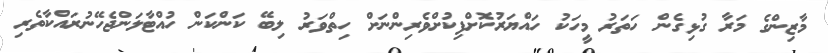
މާޒިންގެ މަރާ ގުޅިގެން ހަތަރު މީހަކު ހައްޔަރުކޮށްފިކުށްވެރިންނަށް ހިތްވަރު ލިބޭ ކަންކަން ހުއްޓާލަންޖެހޭނުރައްކާތެރި